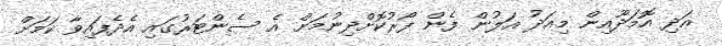
އަދި އޮމަދޫއިން މިއަދު އަލުން ފެން ފޯރުކޮށްދިނުމަށް އެ ސެންޓަރުގައި އެދެފައިވާ ކަމަށް